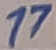
Text: 17